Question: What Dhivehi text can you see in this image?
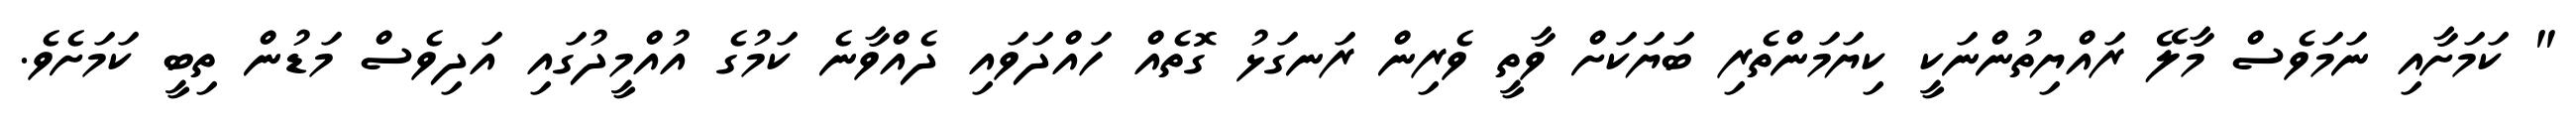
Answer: " ކަމަށާއި ނަމަވެސް މާލޭ ރައްޔިތުންނަކީ ކިޔަމަންތެރި ބަޔަކަށް ވާތީ ވެރިން ރަނގަޅު ގޮތެއް ހައްދަވައި ދެއްވާނެ ކަމުގެ އުއްމީދުގައި އަދިވެސް މަޑުން ތިބީ ކަމަށެވެ.